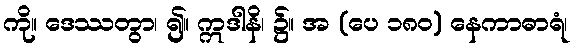
ကို။ ဒေဿတွာ၊ ၍။ ဣဒါနိ၊ ၌။ အ (ပေ ၁၈၀) နေကာဓာရံ၊